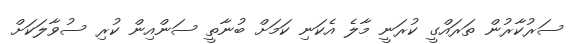
ސަރުކާރުން ތަރައްގީ ކުރަނީ މާލެ އެކަނި ކަމަށް ބުނާތީ ސަންއިން ކުރި ސުވާލަކަށް